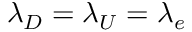
\lambda _ { D } = \lambda _ { U } = \lambda _ { e }